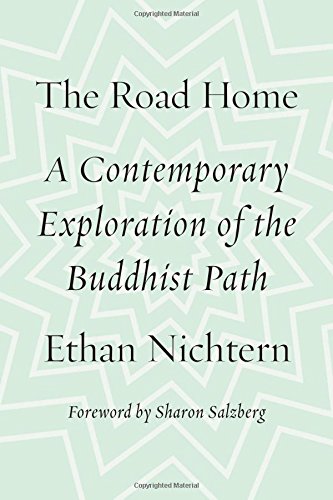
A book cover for The Road Home: A Contemporary Exploration of the Buddhist Path; Ethan Nichtern; Religion & Spirituality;